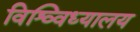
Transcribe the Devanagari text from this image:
विश्व्विध्यालय